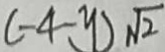
( - 4 - y ) \sqrt { 2 }